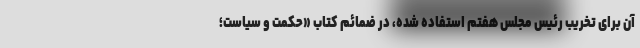
آن برای تخریب رئیس مجلس هفتم استفاده شده، در ضمائم کتاب «حکمت و سیاست؛